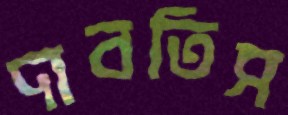
দাবতিস